Vaccination in Bombay 1863-1868 - 1863-1868
Year: 1863
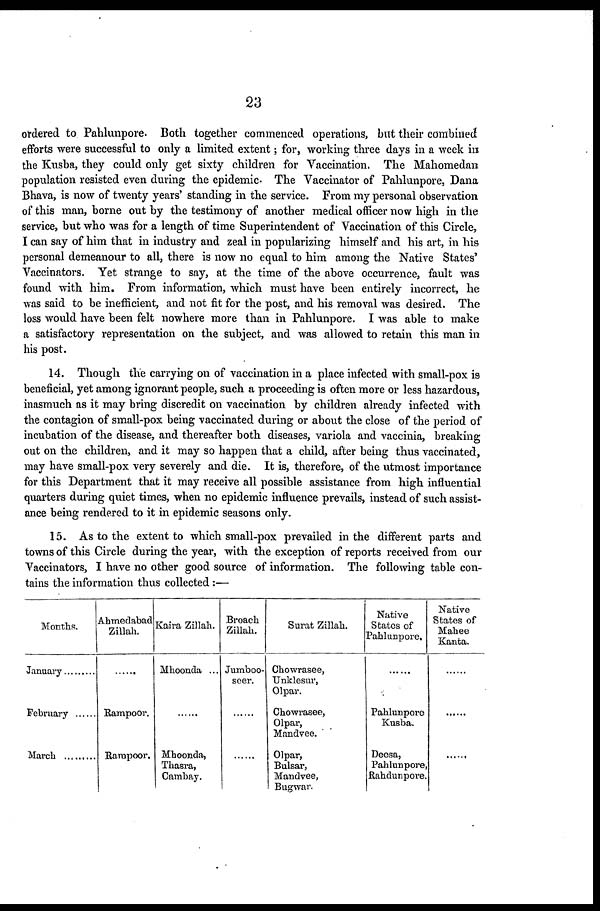
23
ordered to Pahlunpore. Both together commenced operations, but their combined
efforts were successful to only a limited extent; for, working three days in a week in
the Kusba, they could only get sixty children for Vaccination. The Mahomedan
population resisted even during the epidemic. The Vaccinator of Pahlunpore, Dana
Bhava, is now of twenty years' standing in the service. From my personal observation
of this man, borne out by the testimony of another medical officer now high in the
service, but who was for a length of time Superintendent of Vaccination of this Circle,
I can say of him that in industry and zeal in popularizing himself and his art, in his
personal demeanour to all, there is now no equal to him among the Native States'
Vaccinators. Yet strange to say, at the time of the above occurrence, fault was
found with him. From information, which must have been entirely incorrect, he
was said to be inefficient, and not fit for the post, and his removal was desired. The
loss would have been felt nowhere more than in Pahlunpore. I was able to make
a satisfactory representation on the subject, and was allowed to retain this man in
his post.
14. Though the carrying on of vaccination in a place infected with small-pox is
beneficial, yet among ignorant people, such a proceeding is often more or less hazardous,
inasmuch as it may bring discredit on vaccination by children already infected with
the contagion of small-pox being vaccinated during or about the close of the period of
incubation of the disease, and thereafter both diseases, variola and vaccinia, breaking
out on the children, and it may so happen that a child, after being thus vaccinated,
may have small-pox very severely and die. It is, therefore, of the utmost importance
for this Department that it may receive all possible assistance from high influential
quarters during quiet times, when no epidemic influence prevails, instead of such assist-
ance being rendered to it in epidemic seasons only.
15. As to the extent to which small-pox prevailed in the different parts and
towns of this Circle during the year, with the exception of reports received from our
Vaccinators, I have no other good source of information. The following table con-
tains the information thus collected:—
Months.
January
February
March ........
Ahmedabad
Zillah.
Rampoor.
Rampoor.
Kaira Zillah.
Mhoonda ...
......
Mhoonda,
Thasra,
Cambay.
Broach
Zillah.
Jumboo¬
seer.
......
......
Surat Zillah.
Chowrasee,
Unklesur,
Olpar.
Chowrasee,
Olpar,
Mandvee.
Olpar,
Bulsar,
Mandvee,
Bugwar.
Native
States of
Pahlunpore,
......
Pahlunpore
Kusba.
Deesa,
Pahlunpore,
Rahdunpore.
Native
States of
Mahee
Kanta.
......
......
......